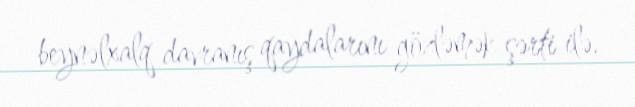
beynəlxalq davranış qaydalarını gözləmək şərti ilə.